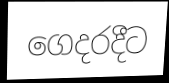
ගෙදරදීට